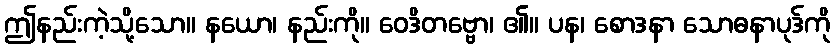
ဤနည်းကဲ့သို့သော။ နယော၊ နည်းကို။ ဝေဒိတဗ္ဗော၊ ၏။ ပန၊ စောဒနာ သောဓနာပုဒ်ကို